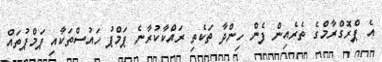
އެ ޕްރޮގްރާމްގެ ތެރެއިން ފެން ހިންދާ ތަކެތި ރައްކާކުރާނެ ޕަމްޕު ހައުސްތަކާއި ޕަމްޕުތައް